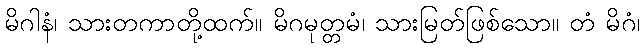
မိဂါနံ၊ သားတကာတို့ထက်။ မိဂမုတ္တမံ၊ သားမြတ်ဖြစ်သော။ တံ မိဂံ၊